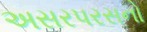
અસરપરસનો